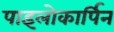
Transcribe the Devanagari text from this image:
पाइलोकार्पिन